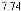
7.74